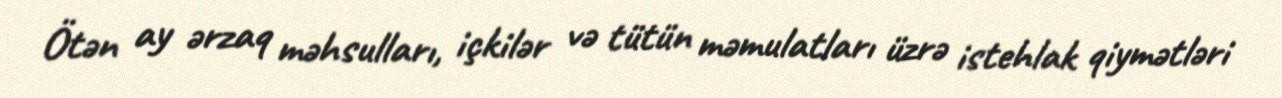
Ötən ay ərzaq məhsulları, içkilər və tütün məmulatları üzrə istehlak qiymətləri